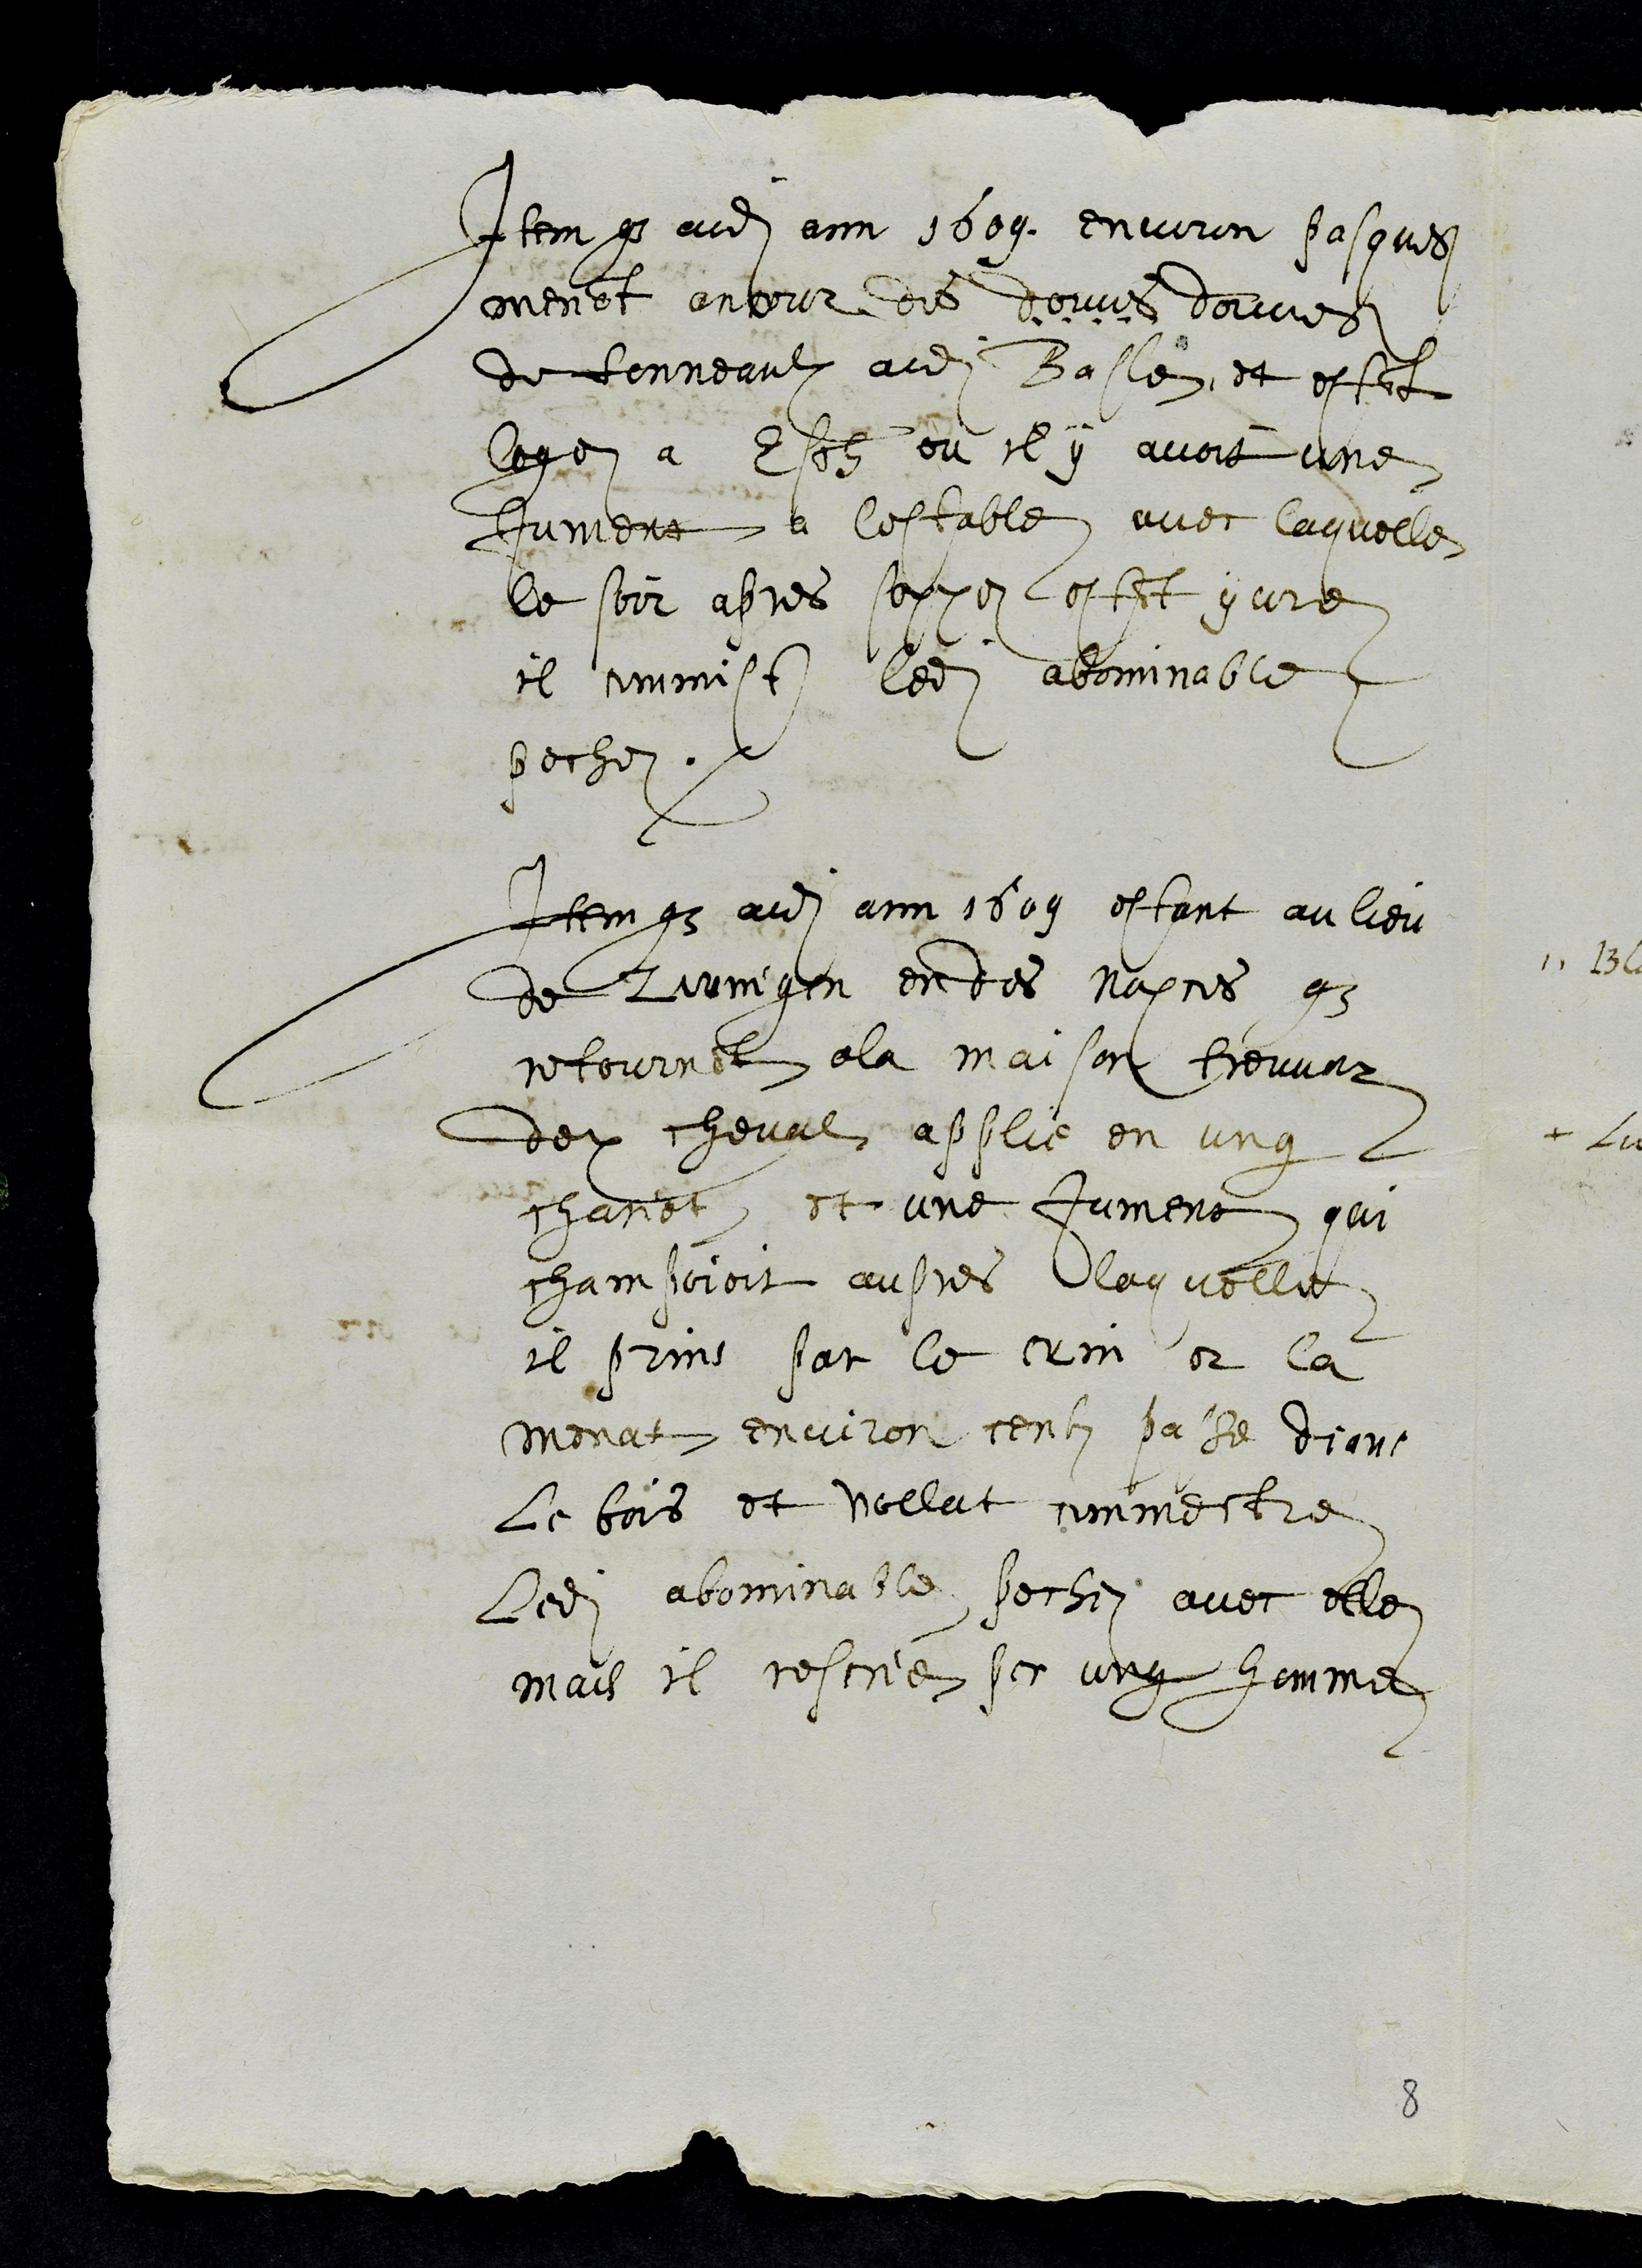
Item que audit ane 1609, environ pasques
menant encour des douves
de tonneaulx audit Basle, et estant
loge a Esch ou il y avoit une
Jument a lestable avec laquelle
le soir apres soppez estant yvre
il commist ledit abominable
pechez
Item que audit ann 1609 estant au lieu
de Zwingen en des nopces que
retournant a la maison treuver
deux cheval applie en ung
chariot et une jument qui
champoioit aupres laquelle
il prins par le crin et la
menat environ centz passe deans
le bois et vollut commectre
ledit abominable pechez avec elle
mais il rescrie par ung homme
8